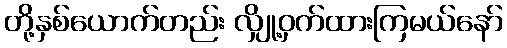
တို့နှစ်ယောက်တည်း လျှို့ဝှက်ထားကြမယ်နော်